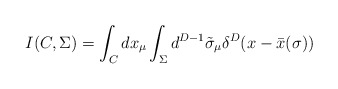
\begin{align*}I(C,\Sigma ) = \int_{C} dx_{\mu } \int_{\Sigma }d^{D-1} \tilde{\sigma }_{\mu } \delta^{D} (x-\bar{x} (\sigma ) )\end{align*}